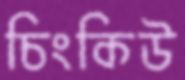
চিংকিউ